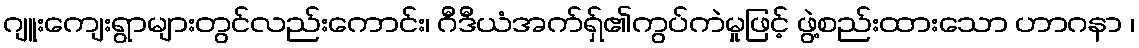
ဂျူးကျေးရွာများတွင်လည်းကောင်း၊ ဂီဒီယံအက်ရှ်၏ကွပ်ကဲမှုဖြင့် ဖွဲ့စည်းထားသော ဟာဂနာ ၊